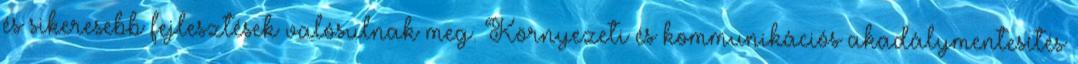
és sikeresebb fejlesztések valósulnak meg. Környezeti és kommunikációs akadálymentesítés